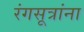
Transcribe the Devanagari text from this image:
रंगसूत्रांना